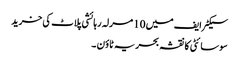
سیکٹر ایف میں 10 مرلہ رہائشی پلاٹ کی خرید
سوسائٹی کا نقشہ بحریہ ٹاؤن ۔